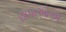
છાપાઓએ